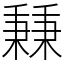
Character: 𥡝